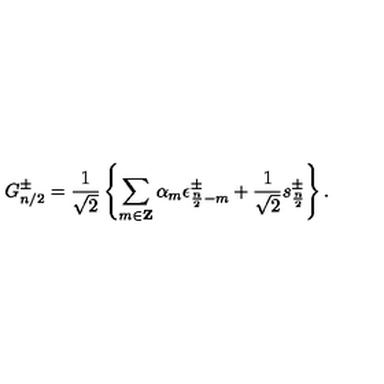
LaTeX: G _ { n / 2 } ^ { \pm } = { \frac { 1 } { \sqrt 2 } } \left\{ \sum _ { m \in { \bf Z } } \alpha _ { m } \epsilon _ { { \frac { n } { 2 } } - m } ^ { \pm } + { \frac { 1 } { \sqrt 2 } } s _ { \frac { n } { 2 } } ^ { \pm } \right\} .